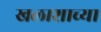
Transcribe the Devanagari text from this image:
खलाशाच्या